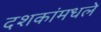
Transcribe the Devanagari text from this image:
दशकांमधले